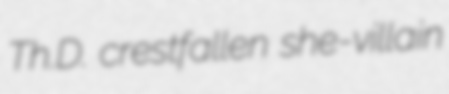
Th.D. crestfallen she-villain